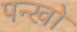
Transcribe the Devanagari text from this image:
पन्खो